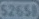
52654